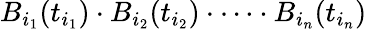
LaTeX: B_{i_{1}}(t_{i_{1}})\cdot B_{i_{2}}(t_{i_{2}})\cdot\dots\cdot B_{i_{n}}(t_{i_{n}})